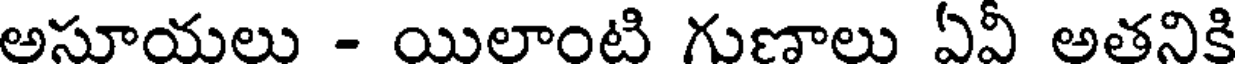
అసూయలు - యిలాంటి గుణాలు ఏవీ అతనికి